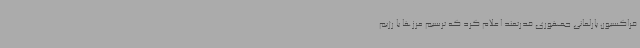
فراکسیون پارلمانی جمهوری قدرتمند اعلام کرد که ترسیم مرزها با رژیم